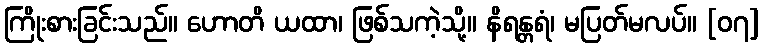
ကြိုးစားခြင်းသည်။ ဟောတိ ယထာ၊ ဖြစ်သကဲ့သို့။ နိရန္တရံ၊ မပြတ်မလပ်။ [၀၇]